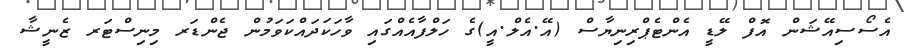
އެސޯސިއޭޝަން އޮފް ލޭޑީ އެންޓެޕްރިނިޔާސް (އޭ.އެލް.އީ)ގެ ހަލްފާއެއްގައި ވާހަކަދައްކަވަމުން ޖެންޑަރ މިނިސްޓަރ ޒެނީޝާ